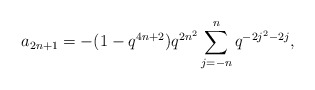
\begin{align*} a_{2n+1} = -(1-q^{4n+2})q^{2n^2}\sum_{j=-n}^{n}q^{-2j^2-2j},\end{align*}